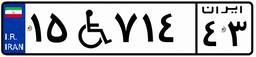
۱۵W۷۱۴۴۳